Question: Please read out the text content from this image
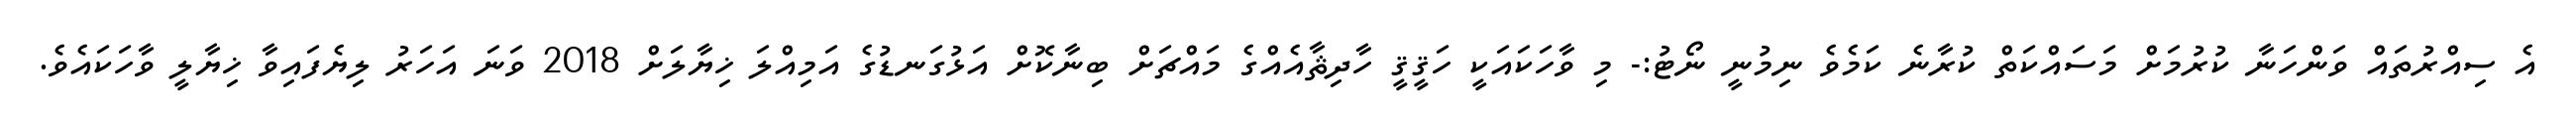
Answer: އެ ސިއްރުތައް ވަންހަނާ ކުރުމަށް މަސައްކަތް ކުރާނެ ކަމެވެ ނިމުނީ ނޯޓު:- މި ވާހަކައަކީ ހަޤީޤީ ހާދިޘާއެއްގެ މައްޗަށް ބިނާކޮށް އަޅުގަނޑުގެ އަމިއްލަ ޚިޔާލަށް 2018 ވަނަ އަހަރު ލިޔެފައިވާ ޚިޔާލީ ވާހަކައެވެ.